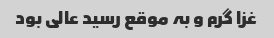
غزا گرم و بہ موقع رسید عالی بود